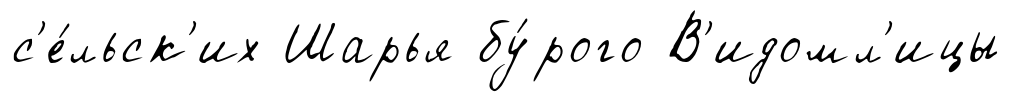
с'е́льск'их Шарья бу́рого В'идомл'ицы